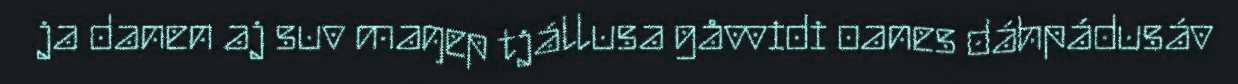
ja danen aj suv maŋep tjállusa gåvvidi oanes dáhpádusáv